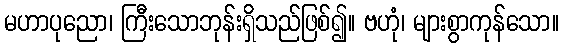
မဟာပုညော၊ ကြီးသောဘုန်းရှိသည်ဖြစ်၍။ ဗဟုံ၊ များစွာကုန်သော။